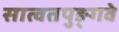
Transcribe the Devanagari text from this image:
सात्वतपुङ्गवे